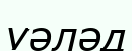
уәләд